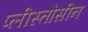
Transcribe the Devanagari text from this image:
प्लीस्तोसीन